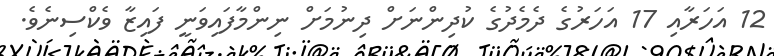
12 އަހަރާއި 17 އަހަރުގެ ދެމެދުގެ ކުދިންނަށް ދިނުމަށް ނިންމާފައިވަނީ ފައިޒާ ވެކްސިނެވެ.